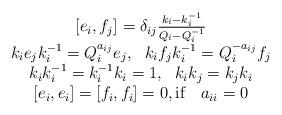
LaTeX: \begin{align*}\begin{array}{c} \lbrack e_{i}, f_{j} \rbrack = \delta_{ij} \frac{k_{i} - k_{i}^{-1}}{Q_{i} -Q_{i}^{-1}} \\ k_{i}e_{j}k_{i}^{-1}= Q_{i}^{a_{ij}} e_{j},~~k_{i}f_{j}k_{i}^{-1}= Q_{i}^{-a_{ij}} f_{j}\\ k_{i}k_{i}^{-1}=k_{i}^{-1}k_{i}=1,~~k_{i}k_{j} = k_{j}k_{i}\\ \lbrack e_{i}, e_{i} \rbrack = \lbrack f_{i}, f_{i} \rbrack = 0, \mbox{if} ~~~a_{ii} = 0 \end{array}\end{align*}